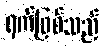
ရက်ဖြစ်သည်